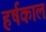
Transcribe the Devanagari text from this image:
हर्षकाल